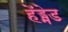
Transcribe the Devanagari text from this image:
हेंड्मेड